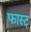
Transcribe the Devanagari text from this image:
फास्ट्